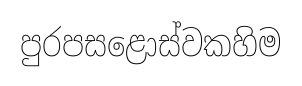
පුරපසළොස්වකහිම